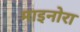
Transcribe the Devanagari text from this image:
माइनोरा